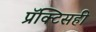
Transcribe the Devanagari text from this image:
प्रॅक्टिसही